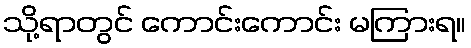
သို့ရာတွင် ကောင်းကောင်း မကြားရ။